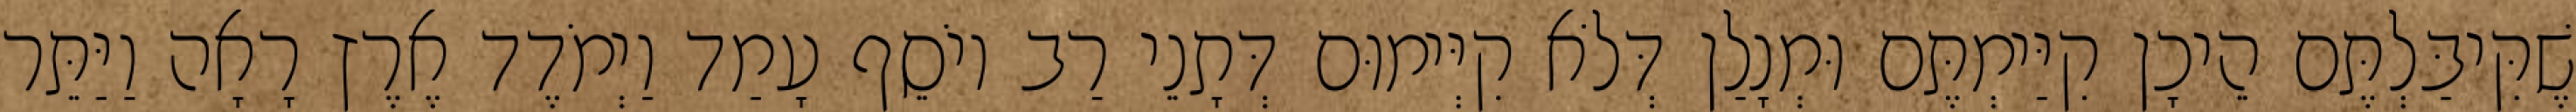
שֶׁקִּיבַּלְתֶּם הֵיכָן קִיַּימְתֶּם וּמְנָלַן דְּלֹא קִיְּימוּם דְּתָנֵי רַב יוֹסֵף עָמַד וַיְמֹדֶד אֶרֶץ רָאָה וַיַּתֵּר